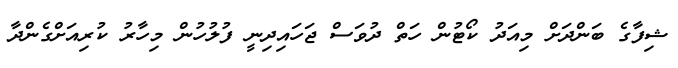
ޝިފާގެ ބަންދަށް މިއަދު ކޯޓުން ހަތް ދުވަސް ޖަހައިދިނީ ފުލުހުން މިހާރު ކުރިއަށްގެންދާ